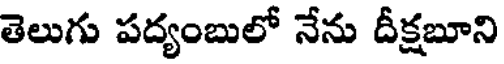
తెలుగు పద్యంబులో నేను దీక్షబూని